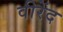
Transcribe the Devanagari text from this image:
वीरेंद